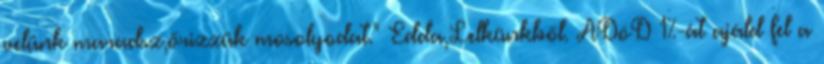
velünk maradsz,őrizzük mosolyodat." Edda,Lelkünkből. ADóD 1%-át ajáld fel a